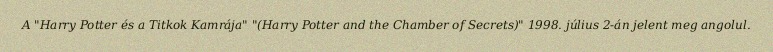
A "Harry Potter és a Titkok Kamrája" "(Harry Potter and the Chamber of Secrets)" 1998. július 2-án jelent meg angolul.